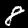
Label: 8